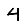
Digit: 4